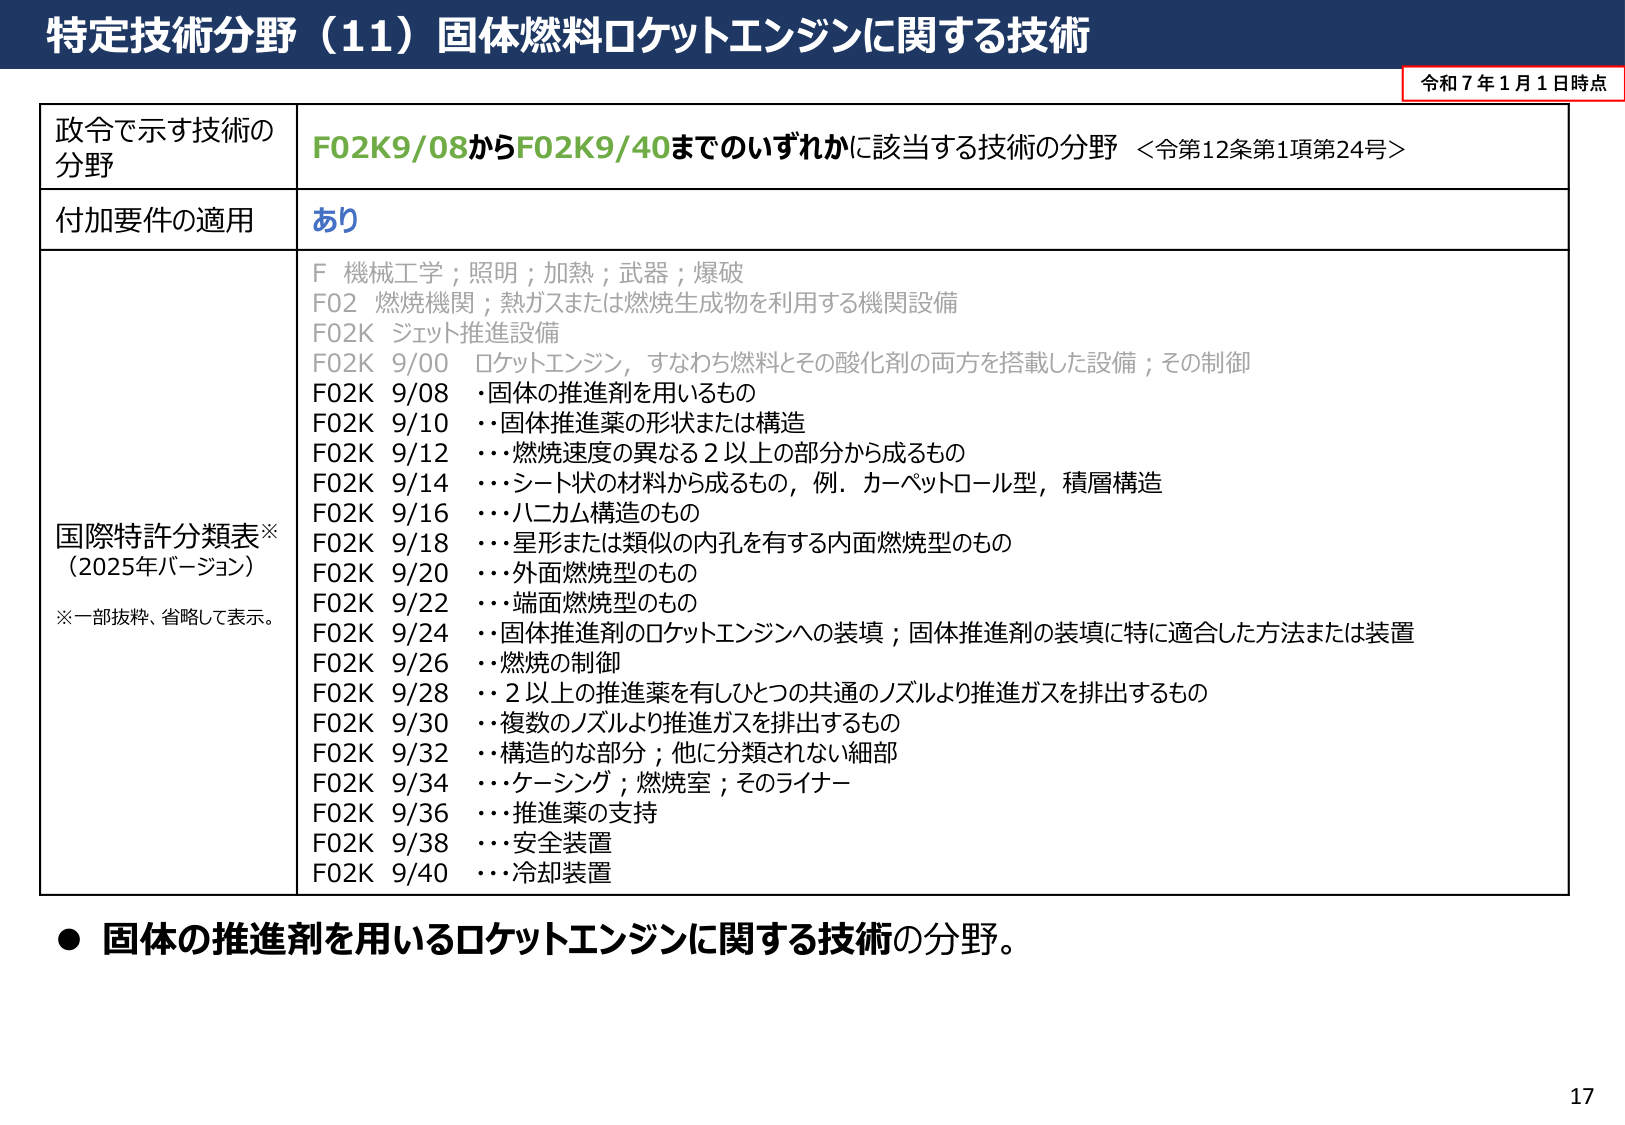
特定技術分野（11）固体燃料ロケットエンジンに関する技術

令和７年１月１日時点

政令で示す技術の分野
F02K9/08からF02K9/40までのいずれかに該当する技術の分野 ＜令第12条第1項第24号＞

付加要件の適用
あり

国際特許分類表※
（2025年バージョン）
※一部抜粋、省略して表示。

F 機械工学；照明；加熱；武器；爆破
F02 燃焼機関；熱ガスまたは燃焼生成物を利用する機関設備
F02K ジェット推進設備
F02K 9/00 ロケットエンジン，すなわち燃料とその酸化剤の両方を搭載した設備；その制御
F02K 9/08 ・固体の推進剤を用いるもの
F02K 9/10 ・・固体推進薬の形状または構造
F02K 9/12 ・・・燃焼速度の異なる2以上の部分から成るもの
F02K 9/14 ・・・シート状の材料から成るもの，例．カーペットロール型，積層構造
F02K 9/16 ・・・ハニカム構造のもの
F02K 9/18 ・・・星形または類似の内孔を有する内面燃焼型のもの
F02K 9/20 ・・・外面燃焼型のもの
F02K 9/22 ・・・端面燃焼型のもの
F02K 9/24 ・・固体推進剤のロケットエンジンへの装填；固体推進剤の装填に特に適合した方法または装置
F02K 9/26 ・・燃焼の制御
F02K 9/28 ・・2以上の推進薬を有しひとつの共通のノズルより推進ガスを排出するもの
F02K 9/30 ・・複数のノズルより推進ガスを排出するもの
F02K 9/32 ・・構造的な部分；他に分類されない細部
F02K 9/34 ・・・ケーシング；燃焼室；そのライナー
F02K 9/36 ・・・推進薬の支持
F02K 9/38 ・・・安全装置
F02K 9/40 ・・・冷却装置

● 固体の推進剤を用いるロケットエンジンに関する技術の分野。

17